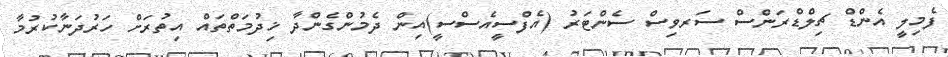
ފެމިލީ އެންޑް ޗިލްޑްރަންސް ސަރވިސް ސެންޓަރު (އެފްސީއެސްސީ)އިން ދެމުންގެންދާ ޚިދުމަތްތައް އިތުރަށް ހަރުދަނާކުރުމާ